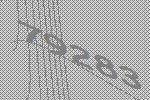
79283